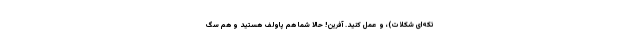
تکه‌ای شکلات)، و عمل کنید. آفرین! حالا شما هم پاولف هستید و هم سگ